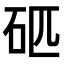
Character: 𥐵